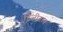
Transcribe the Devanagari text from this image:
डिजीटल